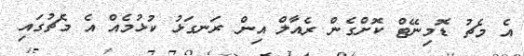
އެ މެޗު ޑޮމިނޭޓް ކޮށްގެން ރެއާލް އިން ރަނގަޅު ކުޅުމެއް އެ މެޗުގައި